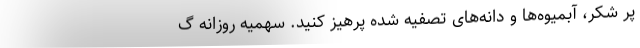
پر شکر، آبمیوه‌ها و دانه‌های تصفیه شده پرهیز کنید. سهمیه روزانه گ